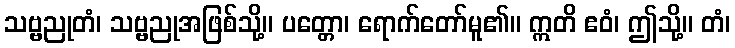
သဗ္ဗညုတံ၊ သဗ္ဗညုအဖြစ်သို့။ ပတ္တော၊ ရောက်တော်မူ၏။ ဣတိ ဧဝံ၊ ဤသို့။ တံ၊